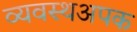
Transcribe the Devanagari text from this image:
व्यवस्थअपक